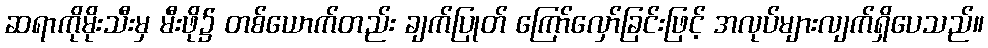
ဆရာကိုမိုးသီးမှ မီးဖို၌ တစ်ယောက်တည်း ချက်ပြုတ် ကြော်လှော်ခြင်းဖြင့် အလုပ်များလျက်ရှိပေသည်။